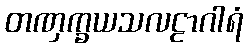
တဏှက္ခယသလဠာဂါရံ